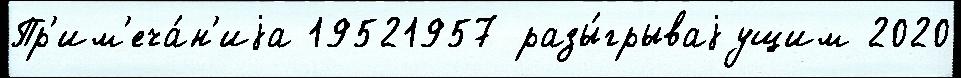
Пр'им'еча́н'иjа 19521957 разы́грываjущим 2020